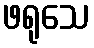
ဖရုသေ